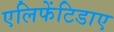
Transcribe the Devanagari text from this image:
एलिफेंटिडाए